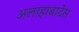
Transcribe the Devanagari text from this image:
अलाहाबादेस